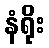
နံရိုး